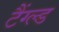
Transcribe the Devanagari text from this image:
टैंग्ल्ड